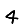
Digit: 4